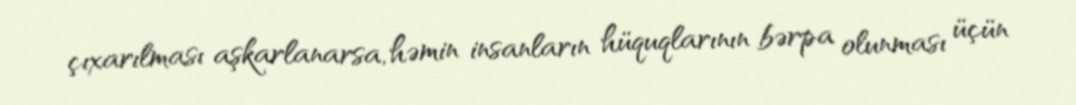
çıxarılması aşkarlanarsa, həmin insanların hüquqlarının bərpa olunması üçün